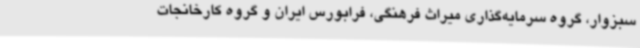
سبزوار، گروه سرمایه‌گذاری میراث فرهنگی، فرابورس ایران و گروه کارخانجات